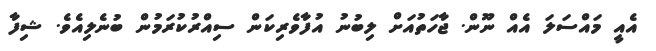
އެއީ މައްސަލަ އެއް ނޫން. ޖާހަތުއަށް ލިބުނު އުފާވެރިކަން ސިއްރުކުރަމުން ބުނެލިއެވެ. ޝިފާ